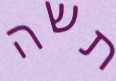
תשה